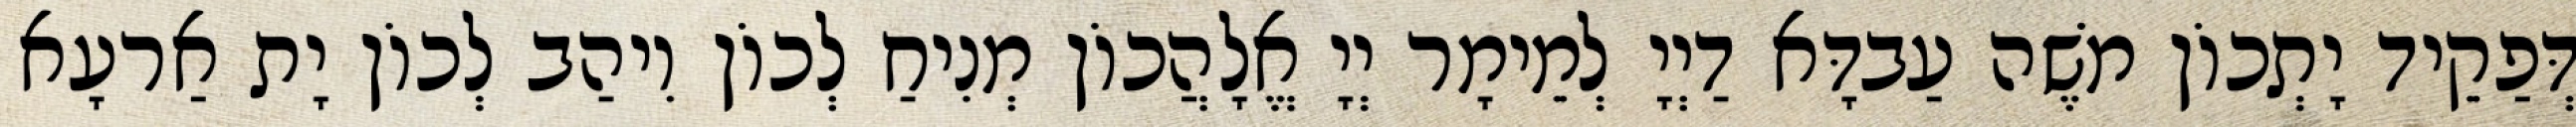
דְּפַקֵיד יָתְכוֹן מֹשֶׁה עַבדָּא דַיְיָ לְמֵימָר יְיָ אֱלָהֲכוֹן מְנִיחַ לְכוֹן וִיהַב לְכוֹן יָת אַרעָא